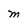
Character: M